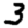
Digit: 3